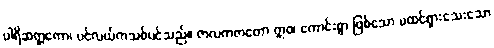
ပါရိဆတ္တကော၊ ပင်လယ်ကသစ်ပင်သည်။ ဇာလကဇာတော ဣဝ၊ ကောင်းစွာ ဖြစ်သော မထင်ရှားသေးသော